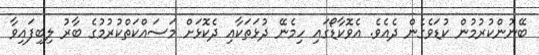
ބޭނުންކުރުމުން ކުޑަވެގެން ދެއެވެ. އެވޮކާޑޯގައި ހިމެނޭ ދުޅަތަކާއި ދެކޮޅަށް މަސައްކަތްކުރުމުގެ ބާރު ލިބިފައިވާ